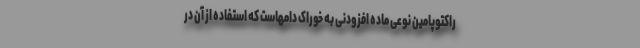
راکتوپامین نوعی ماده افزودنی به خوراک دامهاست که استفاده از آن در